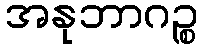
အနုဘာဂဉ္စ